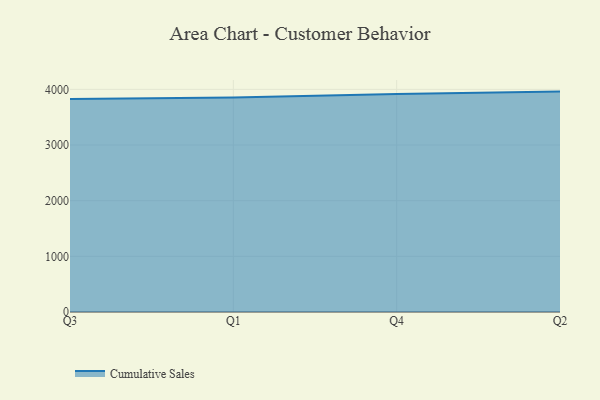
{"axis": {"x": "Quarter", "y": "Budget (USD K)"}, "legend": ["Cumulative Sales"], "data": [{"x": "Q3", "y": 3827.6, "type": "Cumulative Sales"}, {"x": "Q1", "y": 3852.9, "type": "Cumulative Sales"}, {"x": "Q4", "y": 3915.6, "type": "Cumulative Sales"}, {"x": "Q2", "y": 3960.0, "type": "Cumulative Sales"}]}